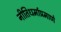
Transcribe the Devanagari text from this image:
नीतिधर्माप्रमाणे